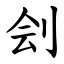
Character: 刽